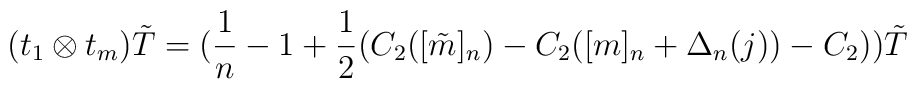
(t_1 \otimes t_m )\tilde{T}= (\frac{1}{n}-1+\frac{1}{2} (C_2 ([\tilde{m}]_n)-C_2 ([m]_n +\Delta_n (j))-C_2))\tilde{T}